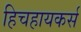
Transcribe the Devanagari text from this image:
हिचहायकर्स